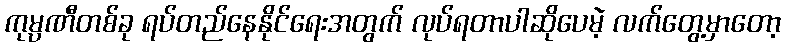
ကုမ္ပဏီတစ်ခု ရပ်တည်နေနိုင်ရေးအတွက် လုပ်ရတာပါဆိုပေမဲ့ လက်တွေ့မှာတော့